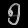
Digit: ၅